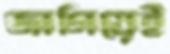
জাগিয়েই